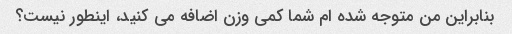
بنابراین من متوجه شده ام شما کمی وزن اضافه می کنید، اینطور نیست؟